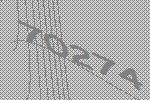
70274